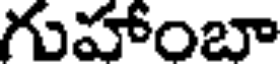
గుహాంబా